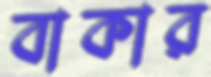
বাকার